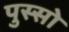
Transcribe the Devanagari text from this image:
पुस्सो